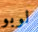
لوبو